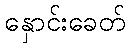
နှောင်းခေတ်